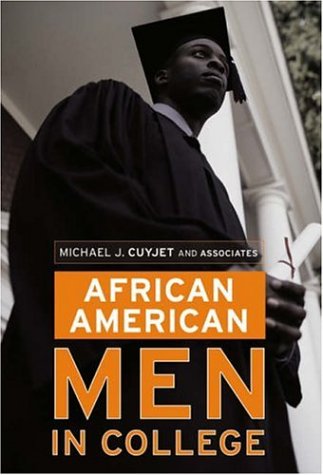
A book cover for African American Men in College; Gay & Lesbian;